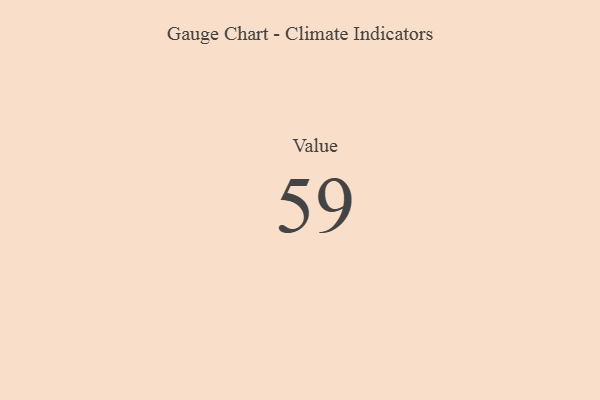
{"axis": {"x": "Metric", "y": "Value"}, "legend": [""], "data": [{"x": "Value", "y": 59, "type": ""}]}